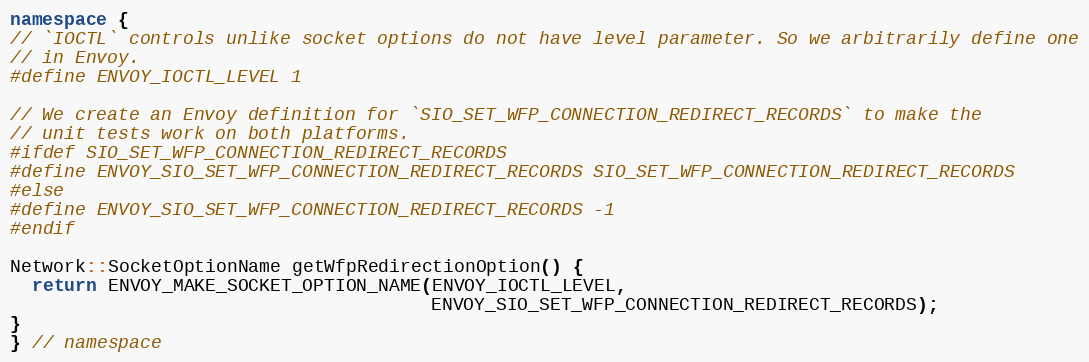
Language: C++
namespace {
// `IOCTL` controls unlike socket options do not have level parameter. So we arbitrarily define one
// in Envoy.
#define ENVOY_IOCTL_LEVEL 1

// We create an Envoy definition for `SIO_SET_WFP_CONNECTION_REDIRECT_RECORDS` to make the
// unit tests work on both platforms.
#ifdef SIO_SET_WFP_CONNECTION_REDIRECT_RECORDS
#define ENVOY_SIO_SET_WFP_CONNECTION_REDIRECT_RECORDS SIO_SET_WFP_CONNECTION_REDIRECT_RECORDS
#else
#define ENVOY_SIO_SET_WFP_CONNECTION_REDIRECT_RECORDS -1
#endif

Network::SocketOptionName getWfpRedirectionOption() {
  return ENVOY_MAKE_SOCKET_OPTION_NAME(ENVOY_IOCTL_LEVEL,
                                       ENVOY_SIO_SET_WFP_CONNECTION_REDIRECT_RECORDS);
}
} // namespace